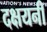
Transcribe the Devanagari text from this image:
दक्षयनी